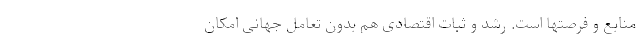
منابع و فرصتها است. رُشد و ثبات اقتصادی هم بدون تعامل جهانی امکان